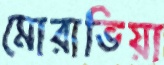
মোরাভিয়া